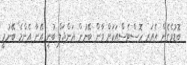
ބޮޑުވެގެން އެއަރ ހޮސްޓެސްއަކަށް ވާން ބޭނުން އަންޖަލް ބުނީ އޭނާ އެންމެ ބޭނުމީ